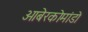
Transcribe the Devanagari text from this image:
ओबेरकोमांडो